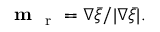
\textbf { m } _ { \mathrm { ~ r ~ } } = \nabla \bar { \xi } / | \nabla \bar { \xi } | .